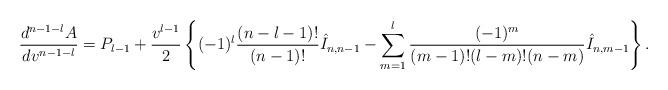
LaTeX: \begin{align*} \frac{d^{n-1-l}A}{dv^{n-1-l}}=P_{l-1}+\frac{v^{l-1}}{2}\left\{(-1)^l\frac{(n-l-1)!}{(n-1)!}\hat{I}_{n,n-1}-\sum_{m=1}^l\frac{(-1)^m}{(m-1)!(l-m)!(n-m)}\hat{I}_{n,m-1}\right\}.\end{align*}